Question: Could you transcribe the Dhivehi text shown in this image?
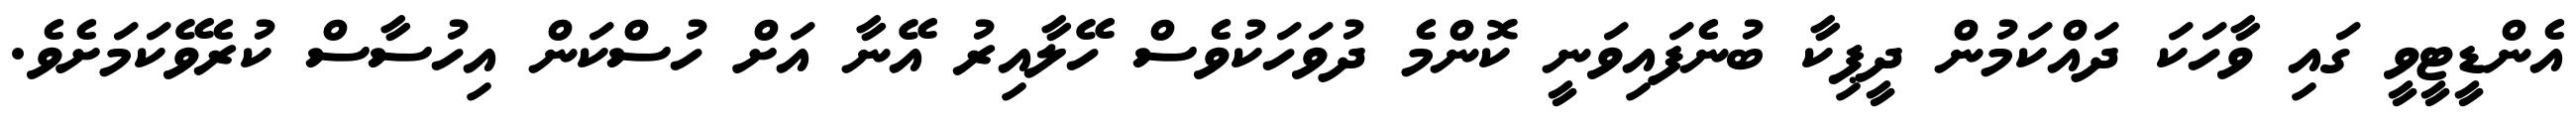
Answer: އެންޑީޓީވީ ގައި ވާހަކަ ދައްކަމުން ދީޕިކާ ބުނެފައިވަނީ ކޮންމެ ދުވަހަކުވެސް ހޭލާއިރު އޭނާ އަށް ހުސްކަން އިހުސާސް ކުރެވޭކަމަށެވެ.